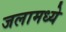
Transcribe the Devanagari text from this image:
जलामध्ये